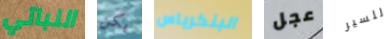
النباتي يكن البنكرياس عجل للسير